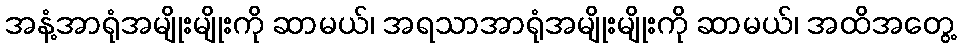
အနံ့အာရုံအမျိုးမျိုးကို ဆာမယ်၊ အရသာအာရုံအမျိုးမျိုးကို ဆာမယ်၊ အထိအတွေ့